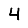
Digit: 4